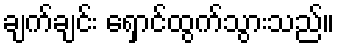
ချက်ချင်း ရှောင်ထွက်သွားသည်။